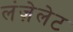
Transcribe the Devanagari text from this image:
लंज़ेलेट